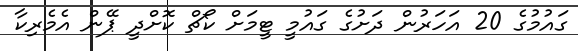
ގައުމުގެ 20 އަހަރުން ދަށުގެ ގައުމީ ޓީމަށް ކޯޗް ކޮށްދީ ޕޭން އެމެރިކާ